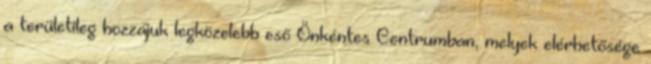
a területileg hozzájuk legközelebb eső Önkéntes Centrumban, melyek elérhetősége